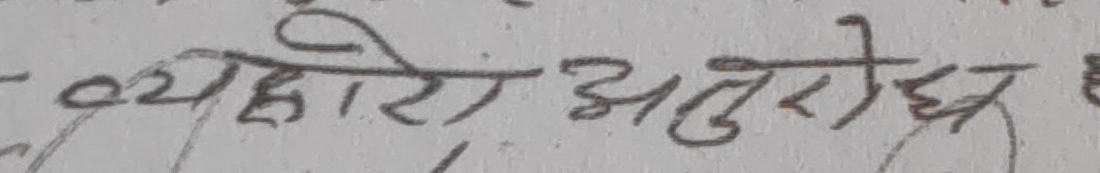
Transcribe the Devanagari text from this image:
व्यवहारी अनुरोध